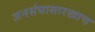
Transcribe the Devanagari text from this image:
जनसंघासारखाच